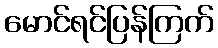
မောင်ရင်ပြန်ကြက်